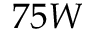
7 5 W